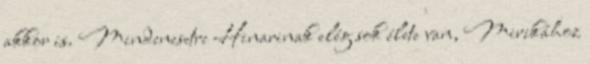
akkor is. Mindenesetre Hinarinak elég sok élete van, Mirikához